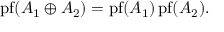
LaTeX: \operatorname { p f } ( A _ { 1 } \oplus A _ { 2 } ) = \operatorname { p f } ( A _ { 1 } ) \operatorname { p f } ( A _ { 2 } ) .